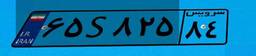
۲۲S۰۵۳۳۶